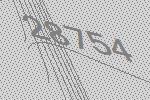
28754